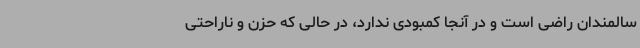
سالمندان راضی است و در آنجا کمبودی ندارد، در حالی که حزن و ناراحتی